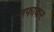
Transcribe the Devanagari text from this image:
नफाकर